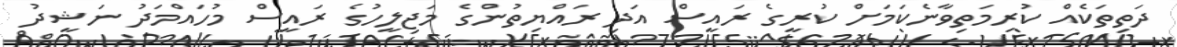
ދަތިތަކެއް ކުރިމަތިވާނެކަމަށް ކުރީގެ ރައީސް އަދި ރައްޔިތުންގެ މަޖިލީހުގެ ރައީސް މުހައްމަދު ނަޝީދު